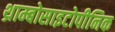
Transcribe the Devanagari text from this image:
थ्राम्बोसाइटोपीनिक